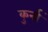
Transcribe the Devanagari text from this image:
कुर्ना